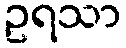
ဥရသာ